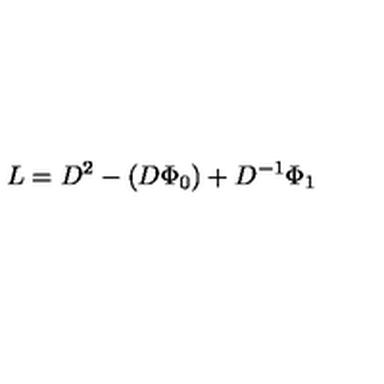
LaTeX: L = D ^ { 2 } - ( D \Phi _ { 0 } ) + D ^ { - 1 } \Phi _ { 1 }